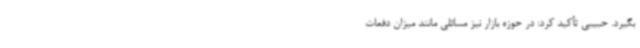
بگیرد. حبیبی تأکید کرد: در حوزه بازار نیز مسائلی مانند میزان دفعات